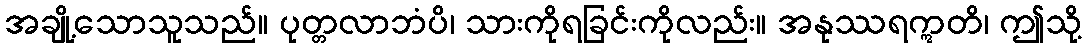
အချို့သောသူသည်။ ပုတ္တလာဘံပိ၊ သားကိုရခြင်းကိုလည်း။ အနုဿရဣတိ၊ ဤသို့